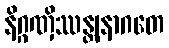
နိဂ္ဂဏှိဿန္တျနာဂတေ